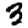
Digit: 3